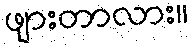
ဖျားတာလား။